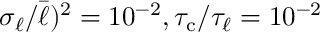
\sigma _ { \ell } / \bar { \ell } ) ^ { 2 } = 1 0 ^ { - 2 } , { \tau _ { \mathrm { c } } } / { \tau _ { \ell } } = 1 0 ^ { - 2 }